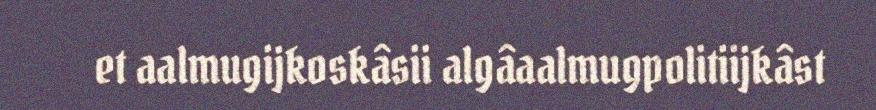
et aalmugijkoskâsii algâaalmugpolitiijkâst